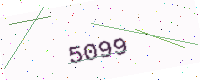
Text: 5099